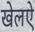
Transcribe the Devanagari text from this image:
खेलऐ